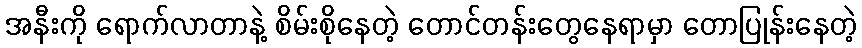
အနီးကို ရောက်လာတာနဲ့ စိမ်းစိုနေတဲ့ တောင်တန်းတွေနေရာမှာ တောပြုန်းနေတဲ့